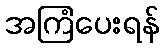
အကြံပေးရန်